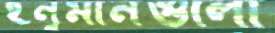
হনুমানগুলো